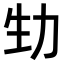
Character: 𠡏